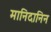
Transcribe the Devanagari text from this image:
मानिदानिन